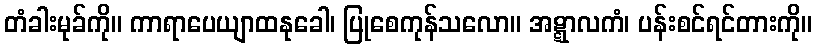
တံခါးမုခ်ကို။ ကာရာပေယျာထနုခေါ၊ ပြုစေကုန်သလော။ အဋ္ဋာလကံ၊ ပန်းစင်ရင်တားကို။